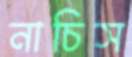
নাচিস